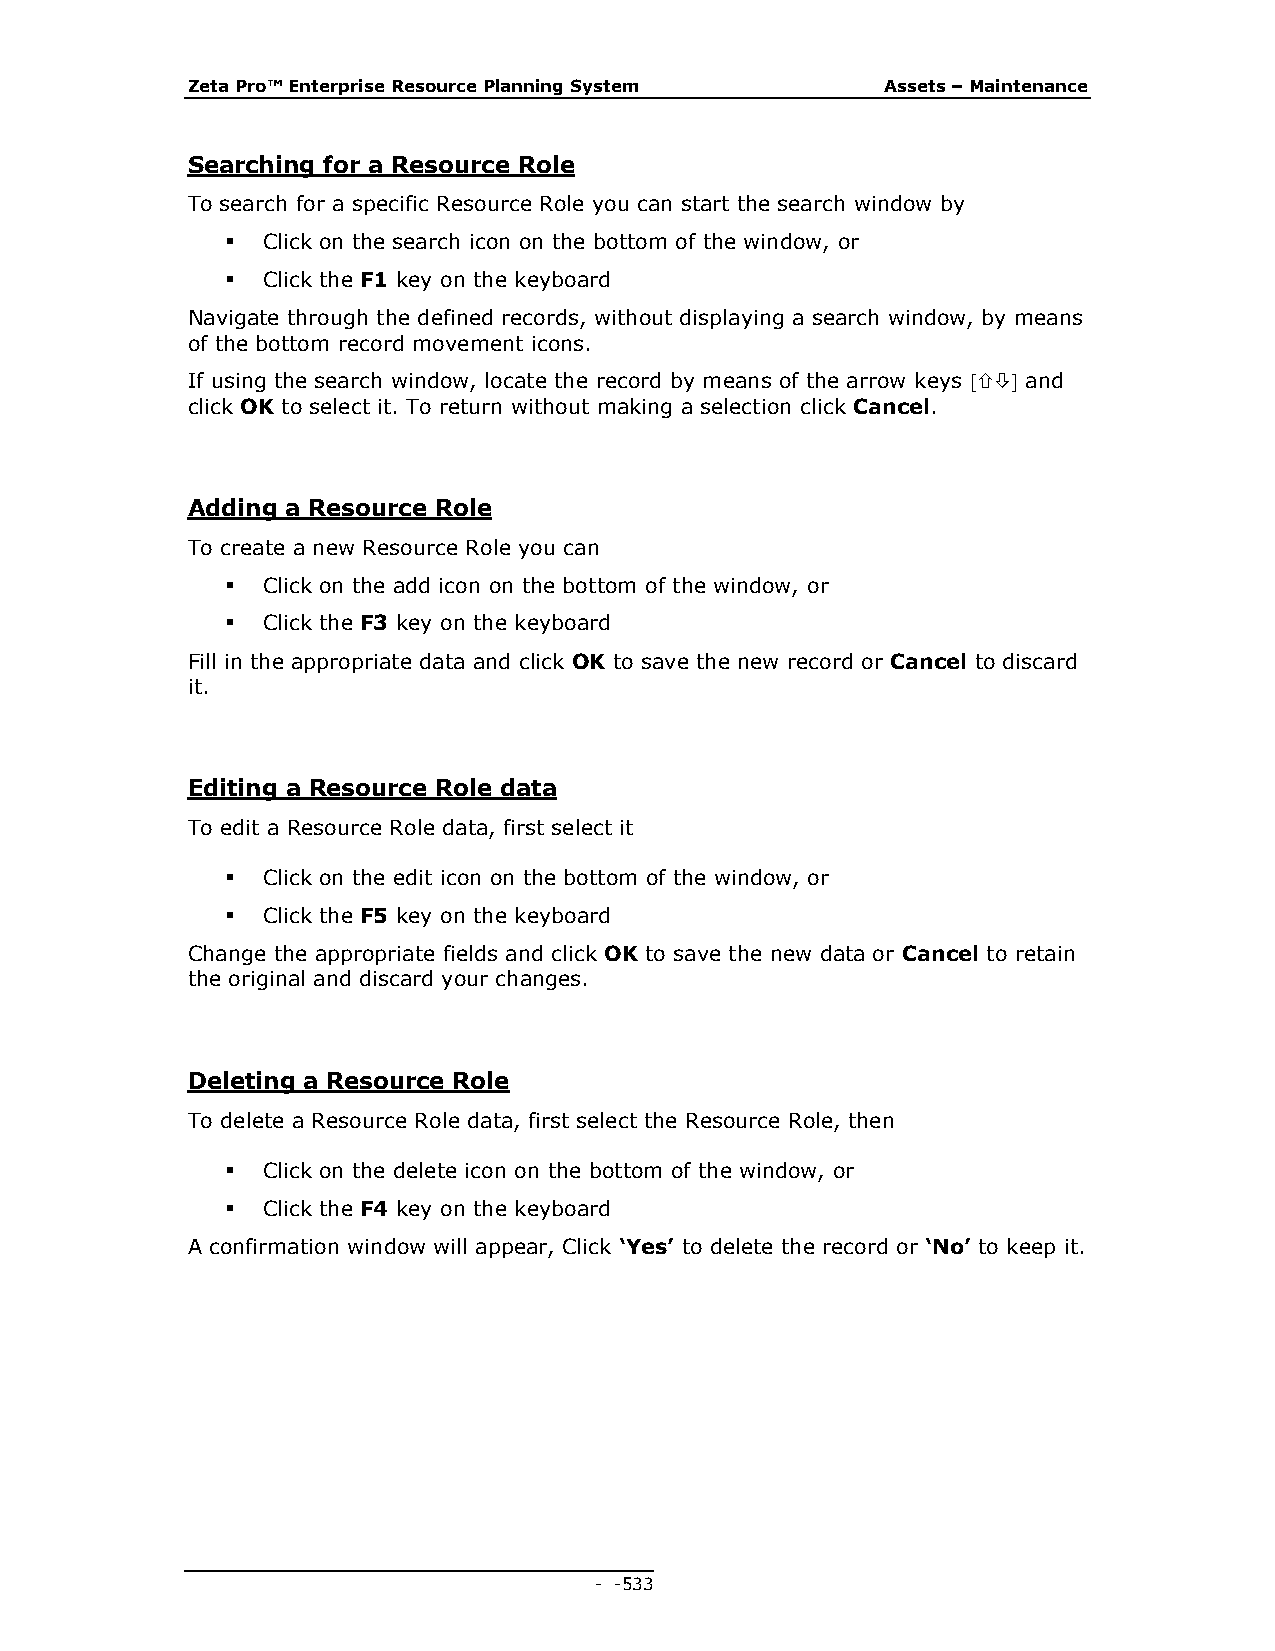
Zeta Pro™ Enterprise Resource Planning System  Assets – Maintenance
 Searching for a Resource Role
 To search for a specific Resource Role you can start the search window by
  Click on the search icon on the bottom of the window, or
  Click the F1 key on the keyboard
 Navigate through the defined records, without displaying a search window, by means
 of the bottom record movement icons.
 If using the search window, locate the record by means of the arrow keys  and
 click OK to select it. To return without making a selection click Cancel.
 Adding a Resource Role
 To create a new Resource Role you can
  Click on the add icon on the bottom of the window, or
  Click the F3 key on the keyboard
 Fill in the appropriate data and click OK to save the new record or Cancel to discard
 it.
 Editing a Resource Role data
 To edit a Resource Role data, first select it
  Click on the edit icon on the bottom of the window, or
  Click the F5 key on the keyboard
 Change the appropriate fields and click OK to save the new data or Cancel to retain
 the original and discard your changes.
 Deleting a Resource Role
 To delete a Resource Role data, first select the Resource Role, then
  Click on the delete icon on the bottom of the window, or
  Click the F4 key on the keyboard
 A confirmation window will appear, Click ‘Yes’ to delete the record or ‘No’ to keep it.
 - - 533